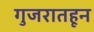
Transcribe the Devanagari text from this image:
गुजरातहून